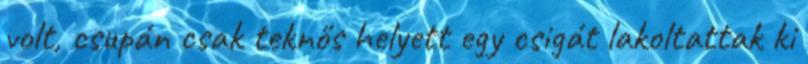
volt, csupán csak teknős helyett egy csigát lakoltattak ki